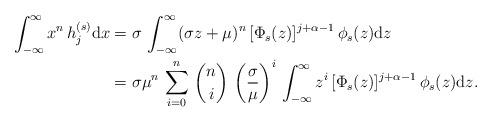
LaTeX: \begin{align*}\int_{-\infty}^\infty x^n\,h_j^{(s)}\mathrm{d}x&=\sigma\,\int_{-\infty}^\infty(\sigma z+\mu)^n\,[\Phi_s(z)]^{j+\alpha-1}\,\phi_s(z)\mathrm{d}z\\&=\sigma\mu^n\,\sum_{i=0}^n\,\binom{n}{i}\,\left(\frac{\sigma}{\mu}\right)^i\,\int_{-\infty}^\infty z^i\,[\Phi_s(z)]^{j+\alpha-1}\,\phi_s(z)\mathrm{d}z.\end{align*}